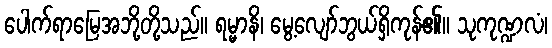
ပေါက်ရာမြေအဘို့တို့သည်။ ရမ္မာနိ၊ မွေ့လျော်ဘွယ်ရှိကုန်၏။ သုကုဏ္ဍလံ၊